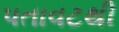
પતાવટથી